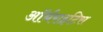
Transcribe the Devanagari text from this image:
ऑर्थराइटिस